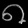
Digit: ၈